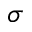
\sigma